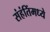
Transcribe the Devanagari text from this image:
संहंतिंमध्ये